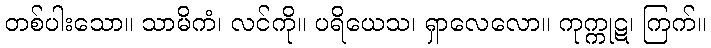
တစ်ပါးသော။ သာမိကံ၊ လင်ကို။ ပရိယေသ၊ ရှာလေလော။ ကုက္ကုဋ၊ ကြက်။